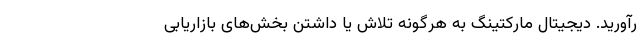
رآورید. دیجیتال مارکتینگ به هرگونه تلاش یا داشتن بخش‌های بازاریابی